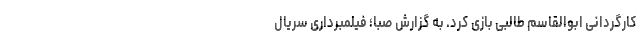
کارگردانی ابوالقاسم طالبی بازی کرد. به گزارش صبا؛ فیلمبرداری سریال